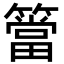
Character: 簹